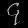
Digit: ၄